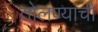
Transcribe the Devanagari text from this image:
तोलण्याची